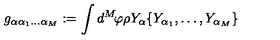
g _ { \alpha \alpha _ { 1 } \ldots \alpha _ { M } } : = \int d ^ { M } \! \varphi \rho Y _ { \alpha } \{ Y _ { \alpha _ { 1 } } , \ldots , Y _ { \alpha _ { M } } \}